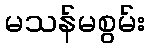
မသန်မစွမ်း